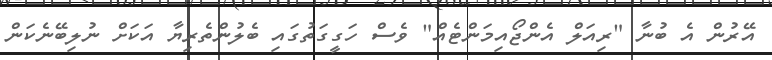
އޭރުން އެ ބުނާ "ރިއަލް އެންޖޯއިމަންޓެއް" ވެސް ހަގީގަތުގައި ބެލުންތެރިޔާ އަކަށް ނުލިބޭނެކަން